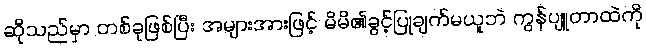
ဆိုသည်မှာ တစ်ခုဖြစ်ပြီး အများအားဖြင့် မိမိ၏ခွင့်ပြုချက်မယူဘဲ ကွန်ပျူတာထဲကို